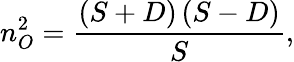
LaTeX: n_{O}^{2}=\frac{\left(S+D\right)\left(S-D\right)}{S},